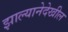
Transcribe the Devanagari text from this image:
झाल्यानेदेखील